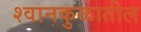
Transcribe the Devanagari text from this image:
श्वानकुळातील